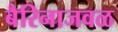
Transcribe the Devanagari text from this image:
बैरिनाजवळ